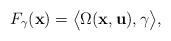
LaTeX: \begin{align*}F_\gamma(\mathbf{x})=\big\langle \Omega(\mathbf{x}, \mathbf{u}) ,\gamma\big\rangle,\end{align*}